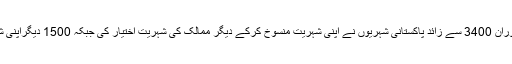
فوٹو : فائل اسلام آباد: گزشتہ 5 سال کے دوران 3400 سے زائد پاکستانی شہریوں نے اپنی شہریت منسوخ کرکے دیگر ممالک کی شہریت اختیار کی جبکہ 1500 دیگراپنی شہریت منسوخ کرنے کے چکروں میں ہیں۔